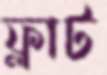
ফ্লাট